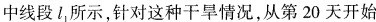
中线段l_{1}所示，针对这种干旱情况，从第20天开始